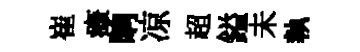
崔瘴晌凉超鎰未執